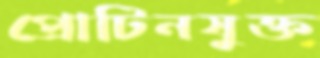
প্রোটিনযুক্ত